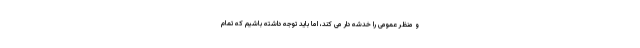
و منظر عمومی را خدشه دار می کند، اما باید توجه داشته باشیم که تمام